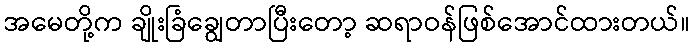
အမေတို့က ချိုးခြံချွေတာပြီးတော့ ဆရာဝန်ဖြစ်အောင်ထားတယ်။